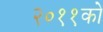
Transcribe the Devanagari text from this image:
२०११को